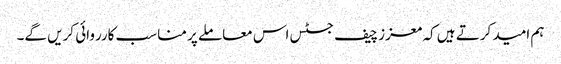
ہم امید کرتے ہیں کہ معزز چیف جسٹس اس معاملے پر مناسب کارروائی کریں گے۔